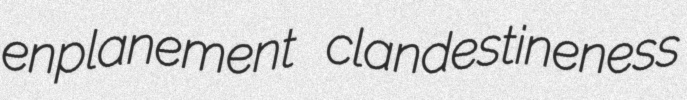
enplanement clandestineness